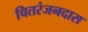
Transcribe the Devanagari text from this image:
चितरंजनदास